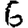
Digit: 6